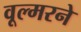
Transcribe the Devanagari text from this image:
वूल्मरने